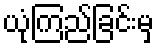
ယုံကြည်ခြင်းမှ